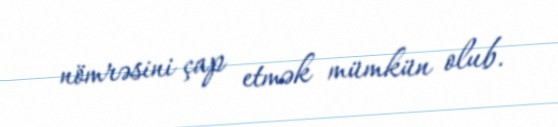
nömrəsini çap etmək mümkün olub.